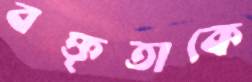
বক্তৃতাকে